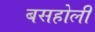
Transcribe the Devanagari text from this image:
बसहोली